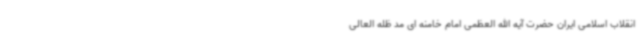
انقلاب اسلامی ایران حضرت آیه الله العظمی امام خامنه ای مد ظله العالی